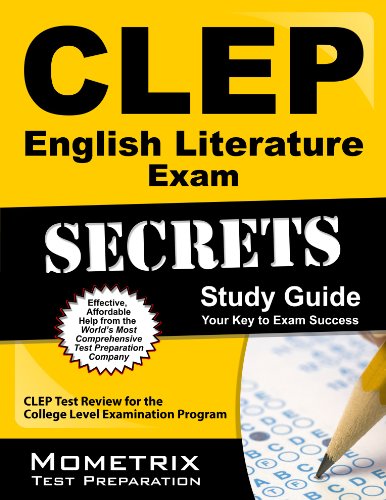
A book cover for CLEP English Literature Exam Secrets Study Guide: CLEP Test Review for the College Level Examination Program (Mometrix Secrets Study Guides); CLEP Exam Secrets Test Prep Team; Test Preparation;